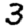
Digit: 3